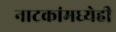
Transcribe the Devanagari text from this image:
नाटकांमध्येही